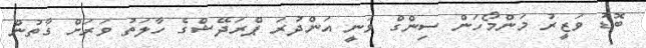
ބޮޑު ވަޒީރު މަންމޯހަން ސިންގް ވަނީ އަންދުރަ ޕްރަދޭޝްގެ ހާލަތު ވަރަށް ގާތުން